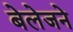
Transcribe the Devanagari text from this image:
बेलेजने